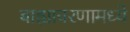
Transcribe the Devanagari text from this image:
बाह्यावरणामध्ये